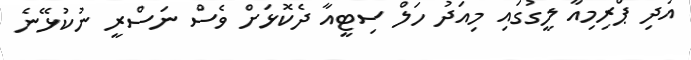
އަދި ޕްރިމިއާ ލީގުގައި މިއަދު ހަލް ސިޓީއާ ދެކޮޅަށް ވެސް ނަސްރީ ނުކުޅޭނެ